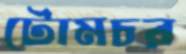
টোমচর